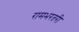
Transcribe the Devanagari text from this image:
रामभरतरी